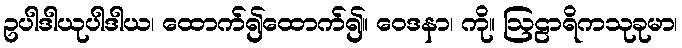
ဥပါဒါယုပါဒါယ၊ ထောက်၍ထောက်၍။ ဝေဒနာ၊ ကို။ ဩဠာရိကသုခုမာ၊